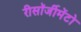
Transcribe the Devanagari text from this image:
रीसॉर्जीमेंटो